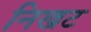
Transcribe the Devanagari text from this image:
निखट